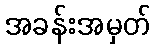
အခန်းအမှတ်